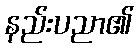
နည်းပညာ၏